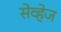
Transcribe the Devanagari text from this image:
सेव्हेज